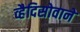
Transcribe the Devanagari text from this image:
व्हैदिसोवाने